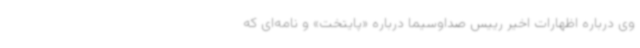
وی درباره اظهارات اخیر رییس صداوسیما درباره «پایتخت» و نامه‌ای که